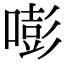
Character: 嘭